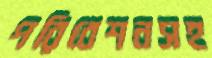
পরিবেশনসহ